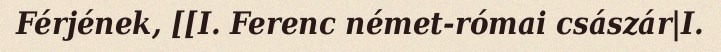
Férjének, [[I. Ferenc német-római császár|I.